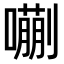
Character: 𫬉